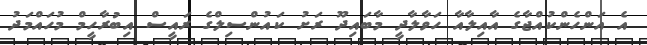
އެ އަންހެންކުއްޖާގެ އާއިލާއާ ހަވާލާދީ މާބައިދޫ ރަށު ކައުންސިލްގެ ރައީސް އިބުރާހީމް މުހައްމަދު